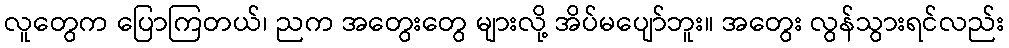
လူတွေက ပြောကြတယ်၊ ညက အတွေးတွေ များလို့ အိပ်မပျော်ဘူး။ အတွေး လွန်သွားရင်လည်း